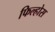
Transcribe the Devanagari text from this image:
फिल्होस